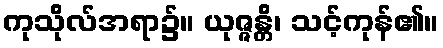
ကုသိုလ်အရာ၌။ ယုဇ္ဇန္တိ၊ သင့်ကုန်၏။